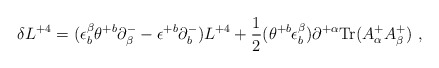
\begin{align*}\delta L^{+4} = (\epsilon^\beta_b\theta^{+b} \partial^-_\beta- \epsilon^{+b}\partial^-_b) L^{+4} +{1\over 2} (\theta^{+b}\epsilon^\beta_b) \partial^{+\alpha}\mbox{Tr} (A^+_\alpha A^+_\beta) \ ,\end{align*}